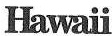
Hawali